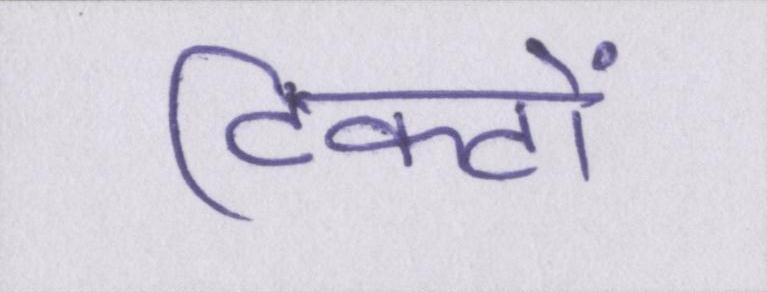
टिकटों